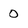
Character: 0